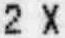
2 X